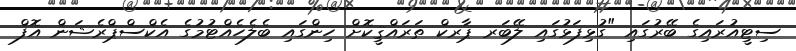
ސިޓީއުރައިގެ ބޭރުގައި "ގުޅިފަޅުގައި ލޭބަރ ޕާރކް ތަރައްޤީކޮށް ހިންގައި ބެލެހެއްޓުމުގެ އެކްސްޕްރެޝަން އޮފް